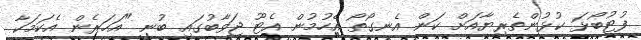
ފުޓުބޯޅަ ކުޅުންތެރިޔާއަށް ކަން އެނގޯތޯ އެހުމުން އެޓޫ ޖަވާބުގައި ބުނީ "އަހަރެން އެކަމަކާ